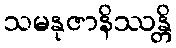
သမနုဇာနိဿန္တိ